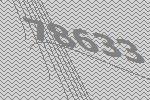
78633